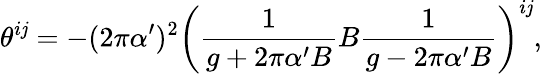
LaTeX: \theta^{i\mathit{j}}=-(2\pi\alpha^{\prime})^{2}\left(\frac{{1}}{{g+2\pi\alpha^{\prime}B}}B\frac{{1}}{{g-2\pi\alpha^{\prime}B}}\right)^{i\mathit{j}},